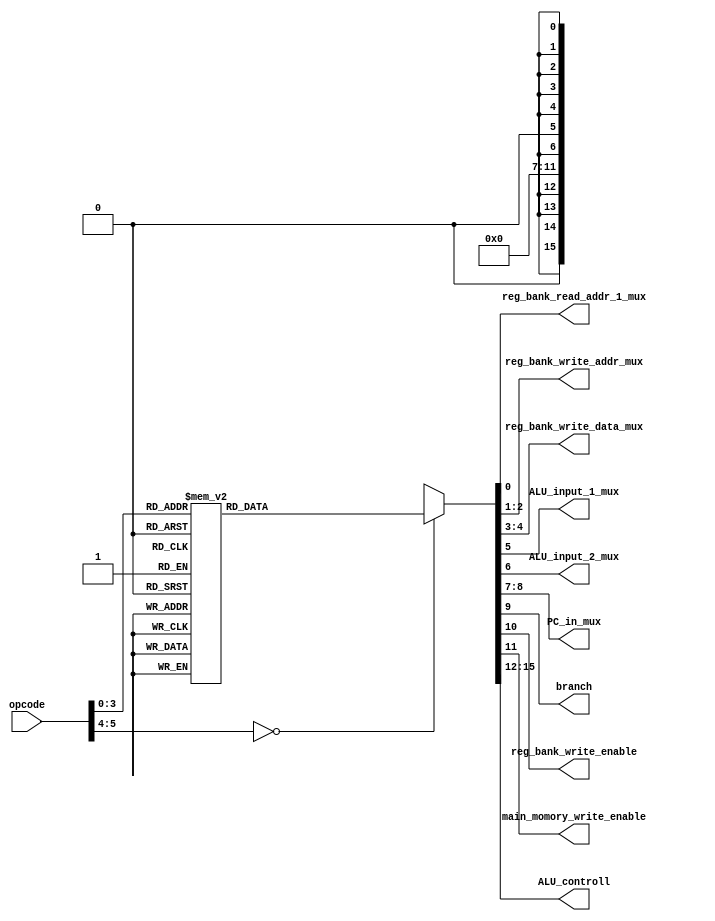
`timescale 1ns / 1ps

module controllUnit
#(parameter ALU_controll_unit_length = 3)
	(
	input wire [5 : 0] opcode,
	
	output reg reg_bank_read_addr_1_mux,
	output reg [1 : 0] reg_bank_write_addr_mux,
	output reg [1 : 0] reg_bank_write_data_mux,
	output reg ALU_input_1_mux,
	output reg ALU_input_2_mux,
	output reg [1 : 0] PC_in_mux,
	
	output reg branch,
	output reg reg_bank_write_enable,
	output reg main_momory_write_enable,
	output reg [ALU_controll_unit_length : 0] ALU_controll
    );
	
	localparam _add = 3'b000;
	localparam _sub = 3'b001;
	localparam _and = 3'b010;
	localparam _or = 3'b011;
	localparam _nor = 3'b100;
	localparam _SLT = 3'b101;
	localparam _other_func = 3'b111;
	
	localparam arithmetic = 1;
	localparam addI = 2;
	localparam subI = 3;
	localparam LW = 4;
	localparam SW = 5;
	localparam BNE = 6;
	localparam J = 7;
	localparam JAL = 8;
	localparam JR = 9;
	localparam JM = 10;
	localparam LDI = 11;
	
	
	always @ (*)
	begin
		case(opcode)
			arithmetic : 
			begin
				reg_bank_read_addr_1_mux = 0;
				reg_bank_write_addr_mux = 1;
				reg_bank_write_data_mux = 2;
				ALU_input_1_mux = 0;
				ALU_input_2_mux = 0;
				PC_in_mux = 0;
	
				branch = 0;
				reg_bank_write_enable = 1;
				main_momory_write_enable = 0;
				ALU_controll = _other_func;
			end
			addI : 
			begin
				reg_bank_read_addr_1_mux = 0;
				reg_bank_write_addr_mux = 0;
				reg_bank_write_data_mux = 2;
				ALU_input_1_mux = 0;
				ALU_input_2_mux = 1;
				PC_in_mux = 0;
	
				branch = 0;
				reg_bank_write_enable = 1;
				main_momory_write_enable = 0;
				ALU_controll = _add;
			end
			subI : 
			begin
				reg_bank_read_addr_1_mux = 0;
				reg_bank_write_addr_mux = 0;
				reg_bank_write_data_mux = 2;
				ALU_input_1_mux = 0;
				ALU_input_2_mux = 1;
				PC_in_mux = 0;
	
				branch = 0;
				reg_bank_write_enable = 1;
				main_momory_write_enable = 0;
				ALU_controll = _sub;
			end
			LW : 
			begin
				reg_bank_read_addr_1_mux = 0;
				reg_bank_write_addr_mux = 0;
				reg_bank_write_data_mux = 1;
				ALU_input_1_mux = 0;
				ALU_input_2_mux = 1;
				PC_in_mux = 0;
	
				branch = 0;
				reg_bank_write_enable = 1;
				main_momory_write_enable = 0;
				ALU_controll = _add;
			end
			SW : 
			begin
				reg_bank_read_addr_1_mux = 0;
				reg_bank_write_addr_mux = 2'bx;
				reg_bank_write_data_mux = 2'bx;
				ALU_input_1_mux = 0;
				ALU_input_2_mux = 1;
				PC_in_mux = 0;
	
				branch = 0;
				reg_bank_write_enable = 0;
				main_momory_write_enable = 1;
				ALU_controll = _add;
			end
			BNE : 
			begin
				reg_bank_read_addr_1_mux = 0;
				reg_bank_write_addr_mux = 2'bx;
				reg_bank_write_data_mux = 2'bx;
				ALU_input_1_mux = 0;
				ALU_input_2_mux = 0;
				PC_in_mux = 0;
	
				branch = 1;
				reg_bank_write_enable = 0;
				main_momory_write_enable = 0;
				ALU_controll = _sub;
			end
			J : 
			begin
				reg_bank_read_addr_1_mux = 1'bx;
				reg_bank_write_addr_mux = 2'bx;
				reg_bank_write_data_mux = 2'bx;
				ALU_input_1_mux = 0;
				ALU_input_2_mux = 1'bx;
				PC_in_mux = 1;
	
				branch = 1'bx;
				reg_bank_write_enable = 0;
				main_momory_write_enable = 0;
				ALU_controll = 3'bx;
			end
			JAL : 
			begin
				reg_bank_read_addr_1_mux = 1'bx;
				reg_bank_write_addr_mux = 2;
				reg_bank_write_data_mux = 0;
				ALU_input_1_mux = 0;
				ALU_input_2_mux = 1'bx;
				PC_in_mux = 1;
	
				branch = 0;
				reg_bank_write_enable = 1;
				main_momory_write_enable = 0;
				ALU_controll = 3'bx;
			end
			JR : 
			begin
				reg_bank_read_addr_1_mux = 0;
				reg_bank_write_addr_mux = 2'bx;
				reg_bank_write_data_mux = 2'bx;
				ALU_input_1_mux = 0;
				ALU_input_2_mux = 1'bx;
				PC_in_mux = 2;
	
				branch = 1'bx;
				reg_bank_write_enable = 0;
				main_momory_write_enable = 0;
				ALU_controll = 3'bx;
			end
			JM : 
			begin
				reg_bank_read_addr_1_mux = 1;
				reg_bank_write_addr_mux = 2'bx;
				reg_bank_write_data_mux = 2'bx;
				ALU_input_1_mux = 0;
				ALU_input_2_mux = 1'bx;
				PC_in_mux = 2;
	
				branch = 1'bx;
				reg_bank_write_enable = 0;
				main_momory_write_enable = 0;
				ALU_controll = 3'bx;
			end
			LDI : 
			begin
				reg_bank_read_addr_1_mux = 1'bx;
				reg_bank_write_addr_mux = 0;
				reg_bank_write_data_mux = 2;
				ALU_input_1_mux = 1;
				ALU_input_2_mux = 1;
				PC_in_mux = 0;
	
				branch = 0;
				reg_bank_write_enable = 1;
				main_momory_write_enable = 0;
				ALU_controll = _add;
			end
			default : 
			begin
				reg_bank_read_addr_1_mux = 1'bx;
				reg_bank_write_addr_mux = 2'bx;
				reg_bank_write_data_mux = 2'bx;
				ALU_input_1_mux = 0;
				ALU_input_2_mux = 1'bx;
				PC_in_mux = 0;
	
				branch = 0;
				reg_bank_write_enable = 0;
				main_momory_write_enable = 0;
				ALU_controll = 3'bx;
			end
		endcase	
	end

endmodule